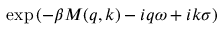
\exp \left( - \beta M ( q , k ) - i q \omega + i k \sigma \right)